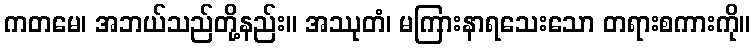
ကတမေ၊ အဘယ်သည်တို့နည်း။ အဿုတံ၊ မကြားနာရသေးသော တရားစကားကို။